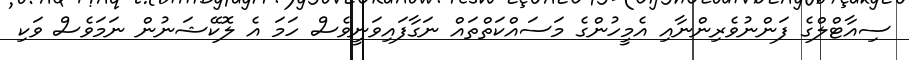
ސިއާޓްލްގެ ފަންނުވެރިންނާއި އެމީހުންގެ މަސައްކަތްތައް ނަގާފައިވަނީވެސް ހަމަ އެ ލޮކޭޝަނުން ނަމަވެސް ވަކި